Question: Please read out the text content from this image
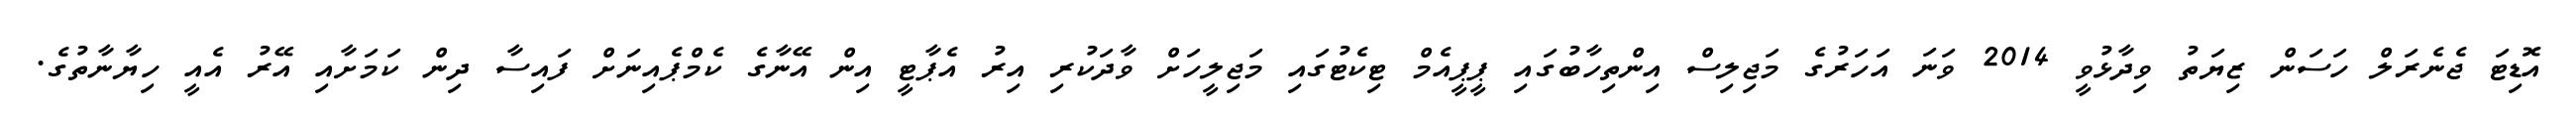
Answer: އޮޑިޓަ ޖެނެރަލް ހަސަން ޒިޔަތު ވިދާޅުވީ 2014 ވަނަ އަހަރުގެ މަޖިލިސް އިންތިހާބުގައި ޕީޕީއެމް ޓިކެޓުގައި މަޖިލީހަށް ވާދަކުރި އިރު އެޕާޓީ އިން އޭނާގެ ކެމްޕެއިނަށް ފައިސާ ދިން ކަމަށާއި އޭރު އެއީ ހިޔާނާތުގެ.